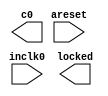
// megafunction wizard: %ALTPLL%VBB%
// GENERATION: STANDARD
// VERSION: WM1.0
// MODULE: altpll 

// ============================================================
// Megafunction Name(s):
// 			altpll
//
// Simulation Library Files(s):
// 			altera_mf
// ============================================================
// ************************************************************
// THIS IS A WIZARD-GENERATED FILE. DO NOT EDIT THIS FILE!
//
// 13.0.0 Build 156 04/24/2013 SJ Full Version
// ************************************************************

//Copyright (C) 1991-2013 Altera Corporation
//Your use of Altera Corporation's design tools, logic functions 
//and other software and tools, and its AMPP partner logic 
//functions, and any output files from any of the foregoing 
//(including device programming or simulation files), and any 
//associated documentation or information are expressly subject 
//to the terms and conditions of the Altera Program License 
//Subscription Agreement, Altera MegaCore Function License 
//Agreement, or other applicable license agreement, including, 
//without limitation, that your use is for the sole purpose of 
//programming logic devices manufactured by Altera and sold by 
//Altera or its authorized distributors.  Please refer to the 
//applicable agreement for further details.

module clk_gen (
	areset,
	inclk0,
	c0,
	locked);

	input	  areset;
	input	  inclk0;
	output	  c0;
	output	  locked;
`ifndef ALTERA_RESERVED_QIS
// synopsys translate_off
`endif
	tri0	  areset;
`ifndef ALTERA_RESERVED_QIS
// synopsys translate_on
`endif

endmodule

// ============================================================
// CNX file retrieval info
// ============================================================
// Retrieval info: PRIVATE: ACTIVECLK_CHECK STRING "0"
// Retrieval info: PRIVATE: BANDWIDTH STRING "1.000"
// Retrieval info: PRIVATE: BANDWIDTH_FEATURE_ENABLED STRING "1"
// Retrieval info: PRIVATE: BANDWIDTH_FREQ_UNIT STRING "MHz"
// Retrieval info: PRIVATE: BANDWIDTH_PRESET STRING "Low"
// Retrieval info: PRIVATE: BANDWIDTH_USE_AUTO STRING "1"
// Retrieval info: PRIVATE: BANDWIDTH_USE_PRESET STRING "0"
// Retrieval info: PRIVATE: CLKBAD_SWITCHOVER_CHECK STRING "0"
// Retrieval info: PRIVATE: CLKLOSS_CHECK STRING "0"
// Retrieval info: PRIVATE: CLKSWITCH_CHECK STRING "0"
// Retrieval info: PRIVATE: CNX_NO_COMPENSATE_RADIO STRING "0"
// Retrieval info: PRIVATE: CREATE_CLKBAD_CHECK STRING "0"
// Retrieval info: PRIVATE: CREATE_INCLK1_CHECK STRING "0"
// Retrieval info: PRIVATE: CUR_DEDICATED_CLK STRING "c0"
// Retrieval info: PRIVATE: CUR_FBIN_CLK STRING "c0"
// Retrieval info: PRIVATE: DEVICE_SPEED_GRADE STRING "8"
// Retrieval info: PRIVATE: DIV_FACTOR0 NUMERIC "1"
// Retrieval info: PRIVATE: DUTY_CYCLE0 STRING "50.00000000"
// Retrieval info: PRIVATE: EFF_OUTPUT_FREQ_VALUE0 STRING "25.000000"
// Retrieval info: PRIVATE: EXPLICIT_SWITCHOVER_COUNTER STRING "0"
// Retrieval info: PRIVATE: EXT_FEEDBACK_RADIO STRING "0"
// Retrieval info: PRIVATE: GLOCKED_COUNTER_EDIT_CHANGED STRING "1"
// Retrieval info: PRIVATE: GLOCKED_FEATURE_ENABLED STRING "0"
// Retrieval info: PRIVATE: GLOCKED_MODE_CHECK STRING "0"
// Retrieval info: PRIVATE: GLOCK_COUNTER_EDIT NUMERIC "1048575"
// Retrieval info: PRIVATE: HAS_MANUAL_SWITCHOVER STRING "1"
// Retrieval info: PRIVATE: INCLK0_FREQ_EDIT STRING "50.000"
// Retrieval info: PRIVATE: INCLK0_FREQ_UNIT_COMBO STRING "MHz"
// Retrieval info: PRIVATE: INCLK1_FREQ_EDIT STRING "100.000"
// Retrieval info: PRIVATE: INCLK1_FREQ_EDIT_CHANGED STRING "1"
// Retrieval info: PRIVATE: INCLK1_FREQ_UNIT_CHANGED STRING "1"
// Retrieval info: PRIVATE: INCLK1_FREQ_UNIT_COMBO STRING "MHz"
// Retrieval info: PRIVATE: INTENDED_DEVICE_FAMILY STRING "Cyclone IV E"
// Retrieval info: PRIVATE: INT_FEEDBACK__MODE_RADIO STRING "1"
// Retrieval info: PRIVATE: LOCKED_OUTPUT_CHECK STRING "1"
// Retrieval info: PRIVATE: LONG_SCAN_RADIO STRING "1"
// Retrieval info: PRIVATE: LVDS_MODE_DATA_RATE STRING "Not Available"
// Retrieval info: PRIVATE: LVDS_MODE_DATA_RATE_DIRTY NUMERIC "0"
// Retrieval info: PRIVATE: LVDS_PHASE_SHIFT_UNIT0 STRING "deg"
// Retrieval info: PRIVATE: MIG_DEVICE_SPEED_GRADE STRING "Any"
// Retrieval info: PRIVATE: MIRROR_CLK0 STRING "0"
// Retrieval info: PRIVATE: MULT_FACTOR0 NUMERIC "1"
// Retrieval info: PRIVATE: NORMAL_MODE_RADIO STRING "1"
// Retrieval info: PRIVATE: OUTPUT_FREQ0 STRING "25.00000000"
// Retrieval info: PRIVATE: OUTPUT_FREQ_MODE0 STRING "1"
// Retrieval info: PRIVATE: OUTPUT_FREQ_UNIT0 STRING "MHz"
// Retrieval info: PRIVATE: PHASE_RECONFIG_FEATURE_ENABLED STRING "1"
// Retrieval info: PRIVATE: PHASE_RECONFIG_INPUTS_CHECK STRING "0"
// Retrieval info: PRIVATE: PHASE_SHIFT0 STRING "0.00000000"
// Retrieval info: PRIVATE: PHASE_SHIFT_STEP_ENABLED_CHECK STRING "0"
// Retrieval info: PRIVATE: PHASE_SHIFT_UNIT0 STRING "deg"
// Retrieval info: PRIVATE: PLL_ADVANCED_PARAM_CHECK STRING "0"
// Retrieval info: PRIVATE: PLL_ARESET_CHECK STRING "1"
// Retrieval info: PRIVATE: PLL_AUTOPLL_CHECK NUMERIC "1"
// Retrieval info: PRIVATE: PLL_ENHPLL_CHECK NUMERIC "0"
// Retrieval info: PRIVATE: PLL_FASTPLL_CHECK NUMERIC "0"
// Retrieval info: PRIVATE: PLL_FBMIMIC_CHECK STRING "0"
// Retrieval info: PRIVATE: PLL_LVDS_PLL_CHECK NUMERIC "0"
// Retrieval info: PRIVATE: PLL_PFDENA_CHECK STRING "0"
// Retrieval info: PRIVATE: PLL_TARGET_HARCOPY_CHECK NUMERIC "0"
// Retrieval info: PRIVATE: PRIMARY_CLK_COMBO STRING "inclk0"
// Retrieval info: PRIVATE: RECONFIG_FILE STRING "clk_gen.mif"
// Retrieval info: PRIVATE: SACN_INPUTS_CHECK STRING "0"
// Retrieval info: PRIVATE: SCAN_FEATURE_ENABLED STRING "1"
// Retrieval info: PRIVATE: SELF_RESET_LOCK_LOSS STRING "0"
// Retrieval info: PRIVATE: SHORT_SCAN_RADIO STRING "0"
// Retrieval info: PRIVATE: SPREAD_FEATURE_ENABLED STRING "0"
// Retrieval info: PRIVATE: SPREAD_FREQ STRING "50.000"
// Retrieval info: PRIVATE: SPREAD_FREQ_UNIT STRING "KHz"
// Retrieval info: PRIVATE: SPREAD_PERCENT STRING "0.500"
// Retrieval info: PRIVATE: SPREAD_USE STRING "0"
// Retrieval info: PRIVATE: SRC_SYNCH_COMP_RADIO STRING "0"
// Retrieval info: PRIVATE: STICKY_CLK0 STRING "1"
// Retrieval info: PRIVATE: SWITCHOVER_COUNT_EDIT NUMERIC "1"
// Retrieval info: PRIVATE: SWITCHOVER_FEATURE_ENABLED STRING "1"
// Retrieval info: PRIVATE: SYNTH_WRAPPER_GEN_POSTFIX STRING "0"
// Retrieval info: PRIVATE: USE_CLK0 STRING "1"
// Retrieval info: PRIVATE: USE_CLKENA0 STRING "0"
// Retrieval info: PRIVATE: USE_MIL_SPEED_GRADE NUMERIC "0"
// Retrieval info: PRIVATE: ZERO_DELAY_RADIO STRING "0"
// Retrieval info: LIBRARY: altera_mf altera_mf.altera_mf_components.all
// Retrieval info: CONSTANT: BANDWIDTH_TYPE STRING "AUTO"
// Retrieval info: CONSTANT: CLK0_DIVIDE_BY NUMERIC "2"
// Retrieval info: CONSTANT: CLK0_DUTY_CYCLE NUMERIC "50"
// Retrieval info: CONSTANT: CLK0_MULTIPLY_BY NUMERIC "1"
// Retrieval info: CONSTANT: CLK0_PHASE_SHIFT STRING "0"
// Retrieval info: CONSTANT: COMPENSATE_CLOCK STRING "CLK0"
// Retrieval info: CONSTANT: INCLK0_INPUT_FREQUENCY NUMERIC "20000"
// Retrieval info: CONSTANT: INTENDED_DEVICE_FAMILY STRING "Cyclone IV E"
// Retrieval info: CONSTANT: LPM_TYPE STRING "altpll"
// Retrieval info: CONSTANT: OPERATION_MODE STRING "NORMAL"
// Retrieval info: CONSTANT: PLL_TYPE STRING "AUTO"
// Retrieval info: CONSTANT: PORT_ACTIVECLOCK STRING "PORT_UNUSED"
// Retrieval info: CONSTANT: PORT_ARESET STRING "PORT_USED"
// Retrieval info: CONSTANT: PORT_CLKBAD0 STRING "PORT_UNUSED"
// Retrieval info: CONSTANT: PORT_CLKBAD1 STRING "PORT_UNUSED"
// Retrieval info: CONSTANT: PORT_CLKLOSS STRING "PORT_UNUSED"
// Retrieval info: CONSTANT: PORT_CLKSWITCH STRING "PORT_UNUSED"
// Retrieval info: CONSTANT: PORT_CONFIGUPDATE STRING "PORT_UNUSED"
// Retrieval info: CONSTANT: PORT_FBIN STRING "PORT_UNUSED"
// Retrieval info: CONSTANT: PORT_INCLK0 STRING "PORT_USED"
// Retrieval info: CONSTANT: PORT_INCLK1 STRING "PORT_UNUSED"
// Retrieval info: CONSTANT: PORT_LOCKED STRING "PORT_USED"
// Retrieval info: CONSTANT: PORT_PFDENA STRING "PORT_UNUSED"
// Retrieval info: CONSTANT: PORT_PHASECOUNTERSELECT STRING "PORT_UNUSED"
// Retrieval info: CONSTANT: PORT_PHASEDONE STRING "PORT_UNUSED"
// Retrieval info: CONSTANT: PORT_PHASESTEP STRING "PORT_UNUSED"
// Retrieval info: CONSTANT: PORT_PHASEUPDOWN STRING "PORT_UNUSED"
// Retrieval info: CONSTANT: PORT_PLLENA STRING "PORT_UNUSED"
// Retrieval info: CONSTANT: PORT_SCANACLR STRING "PORT_UNUSED"
// Retrieval info: CONSTANT: PORT_SCANCLK STRING "PORT_UNUSED"
// Retrieval info: CONSTANT: PORT_SCANCLKENA STRING "PORT_UNUSED"
// Retrieval info: CONSTANT: PORT_SCANDATA STRING "PORT_UNUSED"
// Retrieval info: CONSTANT: PORT_SCANDATAOUT STRING "PORT_UNUSED"
// Retrieval info: CONSTANT: PORT_SCANDONE STRING "PORT_UNUSED"
// Retrieval info: CONSTANT: PORT_SCANREAD STRING "PORT_UNUSED"
// Retrieval info: CONSTANT: PORT_SCANWRITE STRING "PORT_UNUSED"
// Retrieval info: CONSTANT: PORT_clk0 STRING "PORT_USED"
// Retrieval info: CONSTANT: PORT_clk1 STRING "PORT_UNUSED"
// Retrieval info: CONSTANT: PORT_clk2 STRING "PORT_UNUSED"
// Retrieval info: CONSTANT: PORT_clk3 STRING "PORT_UNUSED"
// Retrieval info: CONSTANT: PORT_clk4 STRING "PORT_UNUSED"
// Retrieval info: CONSTANT: PORT_clk5 STRING "PORT_UNUSED"
// Retrieval info: CONSTANT: PORT_clkena0 STRING "PORT_UNUSED"
// Retrieval info: CONSTANT: PORT_clkena1 STRING "PORT_UNUSED"
// Retrieval info: CONSTANT: PORT_clkena2 STRING "PORT_UNUSED"
// Retrieval info: CONSTANT: PORT_clkena3 STRING "PORT_UNUSED"
// Retrieval info: CONSTANT: PORT_clkena4 STRING "PORT_UNUSED"
// Retrieval info: CONSTANT: PORT_clkena5 STRING "PORT_UNUSED"
// Retrieval info: CONSTANT: PORT_extclk0 STRING "PORT_UNUSED"
// Retrieval info: CONSTANT: PORT_extclk1 STRING "PORT_UNUSED"
// Retrieval info: CONSTANT: PORT_extclk2 STRING "PORT_UNUSED"
// Retrieval info: CONSTANT: PORT_extclk3 STRING "PORT_UNUSED"
// Retrieval info: CONSTANT: SELF_RESET_ON_LOSS_LOCK STRING "OFF"
// Retrieval info: CONSTANT: WIDTH_CLOCK NUMERIC "5"
// Retrieval info: USED_PORT: @clk 0 0 5 0 OUTPUT_CLK_EXT VCC "@clk[4..0]"
// Retrieval info: USED_PORT: areset 0 0 0 0 INPUT GND "areset"
// Retrieval info: USED_PORT: c0 0 0 0 0 OUTPUT_CLK_EXT VCC "c0"
// Retrieval info: USED_PORT: inclk0 0 0 0 0 INPUT_CLK_EXT GND "inclk0"
// Retrieval info: USED_PORT: locked 0 0 0 0 OUTPUT GND "locked"
// Retrieval info: CONNECT: @areset 0 0 0 0 areset 0 0 0 0
// Retrieval info: CONNECT: @inclk 0 0 1 1 GND 0 0 0 0
// Retrieval info: CONNECT: @inclk 0 0 1 0 inclk0 0 0 0 0
// Retrieval info: CONNECT: c0 0 0 0 0 @clk 0 0 1 0
// Retrieval info: CONNECT: locked 0 0 0 0 @locked 0 0 0 0
// Retrieval info: GEN_FILE: TYPE_NORMAL clk_gen.v TRUE
// Retrieval info: GEN_FILE: TYPE_NORMAL clk_gen.ppf TRUE
// Retrieval info: GEN_FILE: TYPE_NORMAL clk_gen.inc FALSE
// Retrieval info: GEN_FILE: TYPE_NORMAL clk_gen.cmp FALSE
// Retrieval info: GEN_FILE: TYPE_NORMAL clk_gen.bsf FALSE
// Retrieval info: GEN_FILE: TYPE_NORMAL clk_gen_inst.v TRUE
// Retrieval info: GEN_FILE: TYPE_NORMAL clk_gen_bb.v TRUE
// Retrieval info: LIB_FILE: altera_mf
// Retrieval info: CBX_MODULE_PREFIX: ON